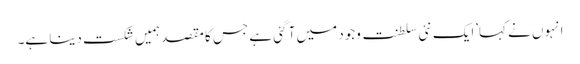
انہوں نے کہا’ایک نئی سلطنت وجود میں آ گئی ہے جس کا مقصد ہمیں شکست دینا ہے۔